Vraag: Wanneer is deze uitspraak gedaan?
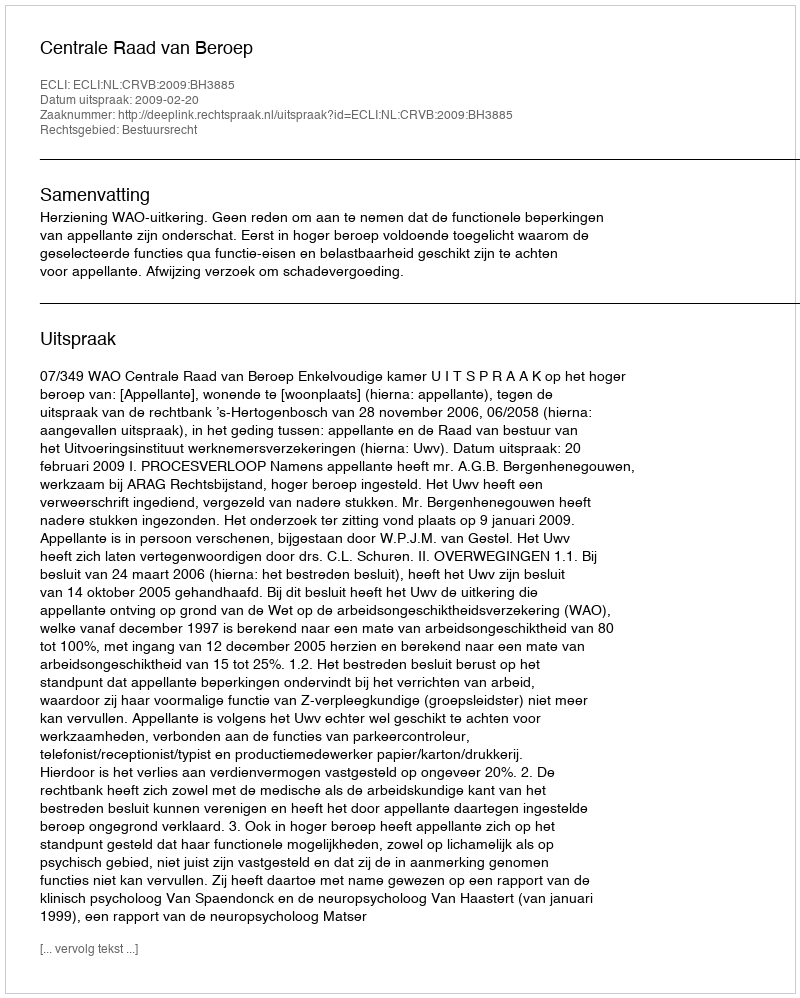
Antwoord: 2009-02-20